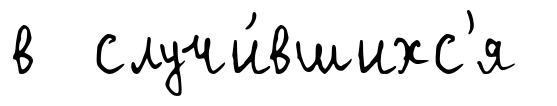
в случи́вшихс'я